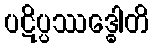
ပဋိပ္ပဿဒ္ဓေါတိ